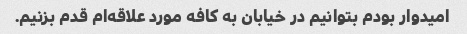
امیدوار بودم بتوانیم در خیابان به کافه مورد علاقه‌ام قدم بزنیم.